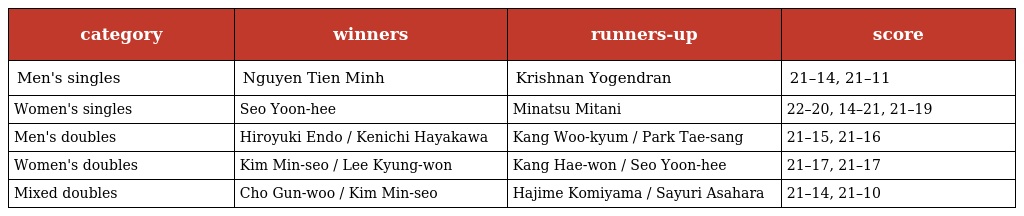
| category | winners | runners-up | score |
 | --- | --- | --- | --- |
 | Men's singles | Nguyen Tien Minh | Krishnan Yogendran | 21–14, 21–11 |
 | Women's singles | Seo Yoon-hee | Minatsu Mitani | 22–20, 14–21, 21–19 |
 | Men's doubles | Hiroyuki Endo / Kenichi Hayakawa | Kang Woo-kyum / Park Tae-sang | 21–15, 21–16 |
 | Women's doubles | Kim Min-seo / Lee Kyung-won | Kang Hae-won / Seo Yoon-hee | 21–17, 21–17 |
 | Mixed doubles | Cho Gun-woo / Kim Min-seo | Hajime Komiyama / Sayuri Asahara | 21–14, 21–10 |